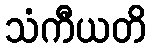
သံကီယတိ